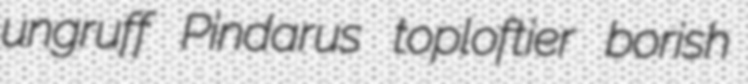
ungruff Pindarus toploftier borish